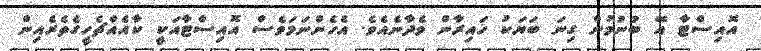
އޮއިސްޓާ އޭ ބުނުމުން ގިނަ ބަޔަކު ހައިރާން ވެދާނެއެވެ. އެހެންނަމަވެސް އޮއިސްޓާއަކީ ކާއެެއްޗެހީގެތެރެއިން